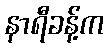
နာရီခန့်က